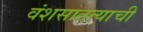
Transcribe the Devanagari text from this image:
वंशसातत्याची